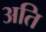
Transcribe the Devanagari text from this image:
अति